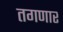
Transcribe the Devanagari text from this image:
तगणार